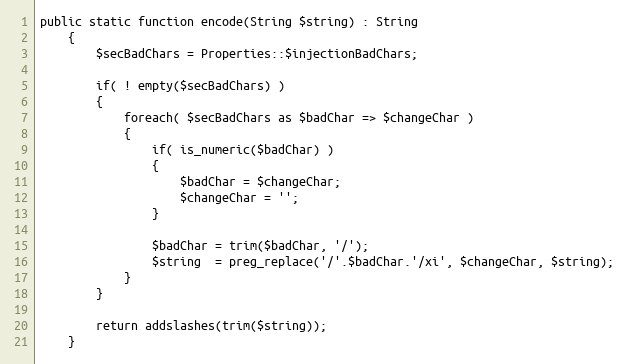
Language: PHP
public static function encode(String $string) : String
    {
        $secBadChars = Properties::$injectionBadChars;

        if( ! empty($secBadChars) )
        {
            foreach( $secBadChars as $badChar => $changeChar )
            {
                if( is_numeric($badChar) )
                {
                    $badChar = $changeChar;
                    $changeChar = '';
                }

                $badChar = trim($badChar, '/');
                $string  = preg_replace('/'.$badChar.'/xi', $changeChar, $string);
            }
        }

        return addslashes(trim($string));
    }